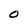
Character: 0